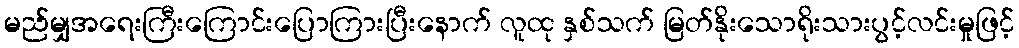
မည်မျှအရေးကြီးကြောင်းပြောကြားပြီးနောက် လူထု နှစ်သက် မြတ်နိုးသောရိုးသားပွင့်လင်းမှုဖြင့်